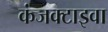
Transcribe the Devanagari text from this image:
कंजक्टाइवा